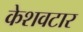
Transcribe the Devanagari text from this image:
केशवटार